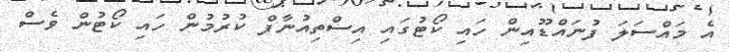
އެ މައްސަލަ ފުނައްޑޫއިން ހައި ކޯޓުގައި އިސްތިއުނާފް ކުރުމުން ހައި ކޯޓުން ވެސް